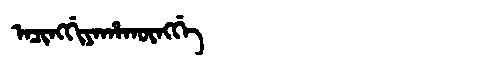
Manchu: ᠠᠴᡳᠩᡤᡳᠶᠠᡥᠠᡴᡡᠩᡤᡝ
Romanization: ACINGGIYAHAKŪNGGE